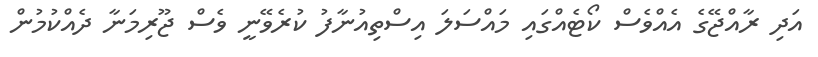
އަދި ރާއްޖޭގެ އެއްވެސް ކޯޓެއްގައި މައްސަލަ އިސްތިއުނާފު ކުރެވޭނީ ވެސް ޖޫރިމަނާ ދެއްކުމުން